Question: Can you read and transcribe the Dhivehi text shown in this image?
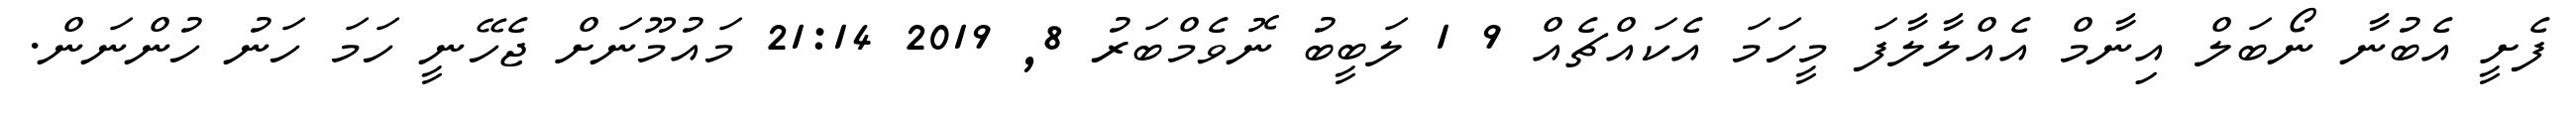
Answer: ފެށީ އެބުނާ ނޯބަލް އިނާމް އެއްލާލާފަ މީހަމަ އެކައްޗެއް 9 1 ލަބީބު ނޮވެމްބަރު 8, 2019 21:14 މައުމޫނަށް ޖެހޭނީ ހަމަ ހަނު ހުންނަން.